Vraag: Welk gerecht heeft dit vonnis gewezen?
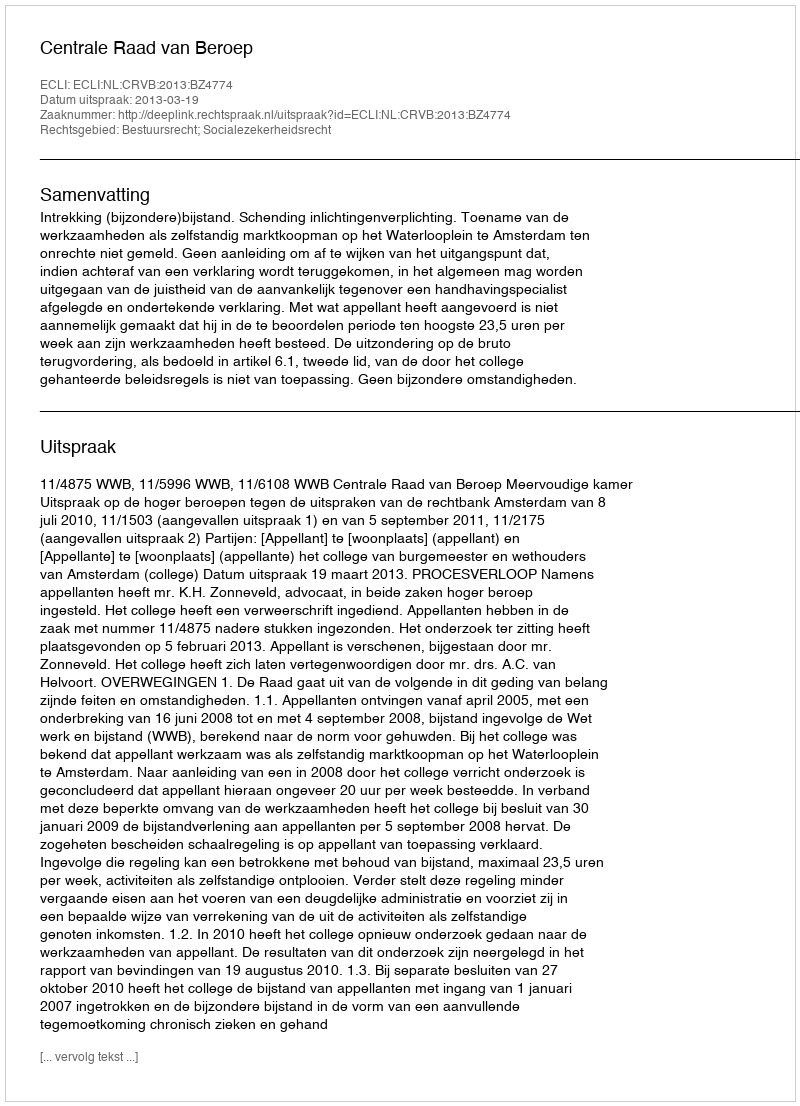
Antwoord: Centrale Raad van Beroep